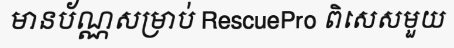
មានប័ណ្ណសម្រាប់ RescuePro ពិសេសមួយ